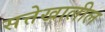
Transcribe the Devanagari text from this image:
सत्तेखालील